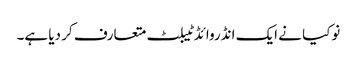
نوکیا نے ایک انڈروائڈ ٹیبلٹ متعارف کر دیا ہے۔